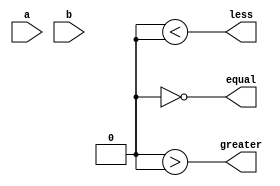
module comparator(
    input wire [63:0] a,
    input wire [63:0] b,
    output wire equal,
    output wire greater,
    output wire less
);

    assign equal = (result == 0);
    assign greater = (result > 0);
    assign less = (result < 0);

endmodule